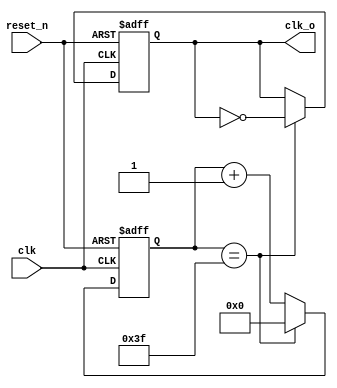
module div_fre(
		clk,
		reset_n,
		
		clk_o
);
	input					clk;
	input 				reset_n;
	
	output reg 			clk_o;
	
	reg 	[ 9 : 0 ] 	cnt;		
	
	parameter			N = 128;
	
	initial
	begin
						cnt <= 10'b0;
						clk_o	<= 1'b0;
	end
	
	always @( posedge clk or negedge reset_n )
	begin
		if( !reset_n )
		begin
			clk_o <= 0;
			cnt <= 0;
		end
		else if( cnt == N/2 - 1 )
		begin
			cnt <= 10'b0;
			clk_o <= ~ clk_o;
		end
		else
		begin
			cnt <= cnt + 10'b1;
		end
	end
	
endmodule